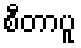
စီတာပူ